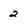
Character: 2